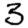
Digit: 3